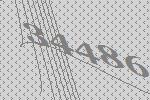
34486